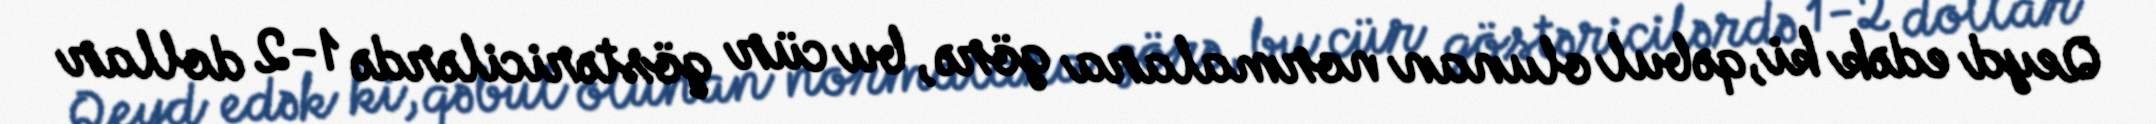
Qeyd edək ki, qəbul olunan normalara görə, bu cür göstəricilərdə 1-2 dollar